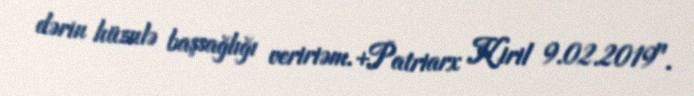
dərin hüznlə başsağlığı veririəm.+Patriarx Kiril 9.02.2019".